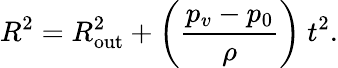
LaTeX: R^{2}=R_{\mathrm{out}}^{2}+\bigg(\frac{p_{v}-p_{0}}{\rho}\bigg)~t^{2}.